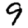
Digit: 9